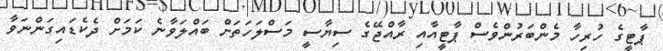
ޕާޓީގެ ހުރިހާ މެންބަރުންވެސް ޕާޓީއާއި ރާއްޖޭގެ ސިޔާސީ މަސްލަހަތަށް ބައްލަވާނެ ކަމަށް ދެކެޑައިގަންނަވާ